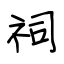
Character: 祠